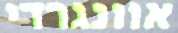
אוונגרדי